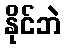
နိုင်ဘဲ